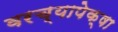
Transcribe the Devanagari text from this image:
वरच्यापेक्षा